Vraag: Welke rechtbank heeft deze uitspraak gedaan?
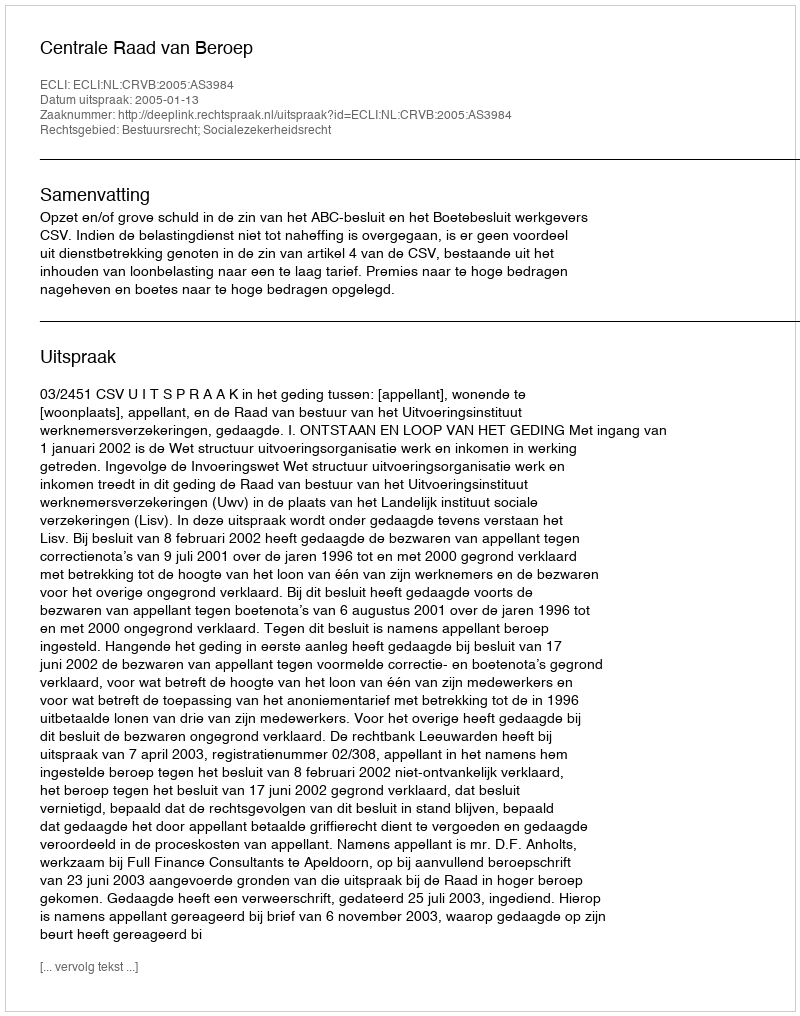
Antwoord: Centrale Raad van Beroep